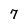
Character: 7